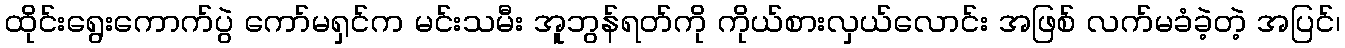
ထိုင်းရွေးကောက်ပွဲ ကော်မရှင်က မင်းသမီး အူဘွန်ရတ်ကို ကိုယ်စားလှယ်လောင်း အဖြစ် လက်မခံခဲ့တဲ့ အပြင်၊